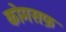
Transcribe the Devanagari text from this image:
कोमसफ़